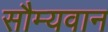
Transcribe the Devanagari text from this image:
सौम्यवान